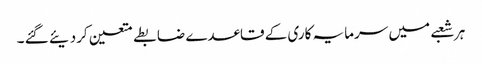
ہر شعبے میں سرمایہ کاری کے قاعدے ضابطے متعین کردیئے گئے ۔